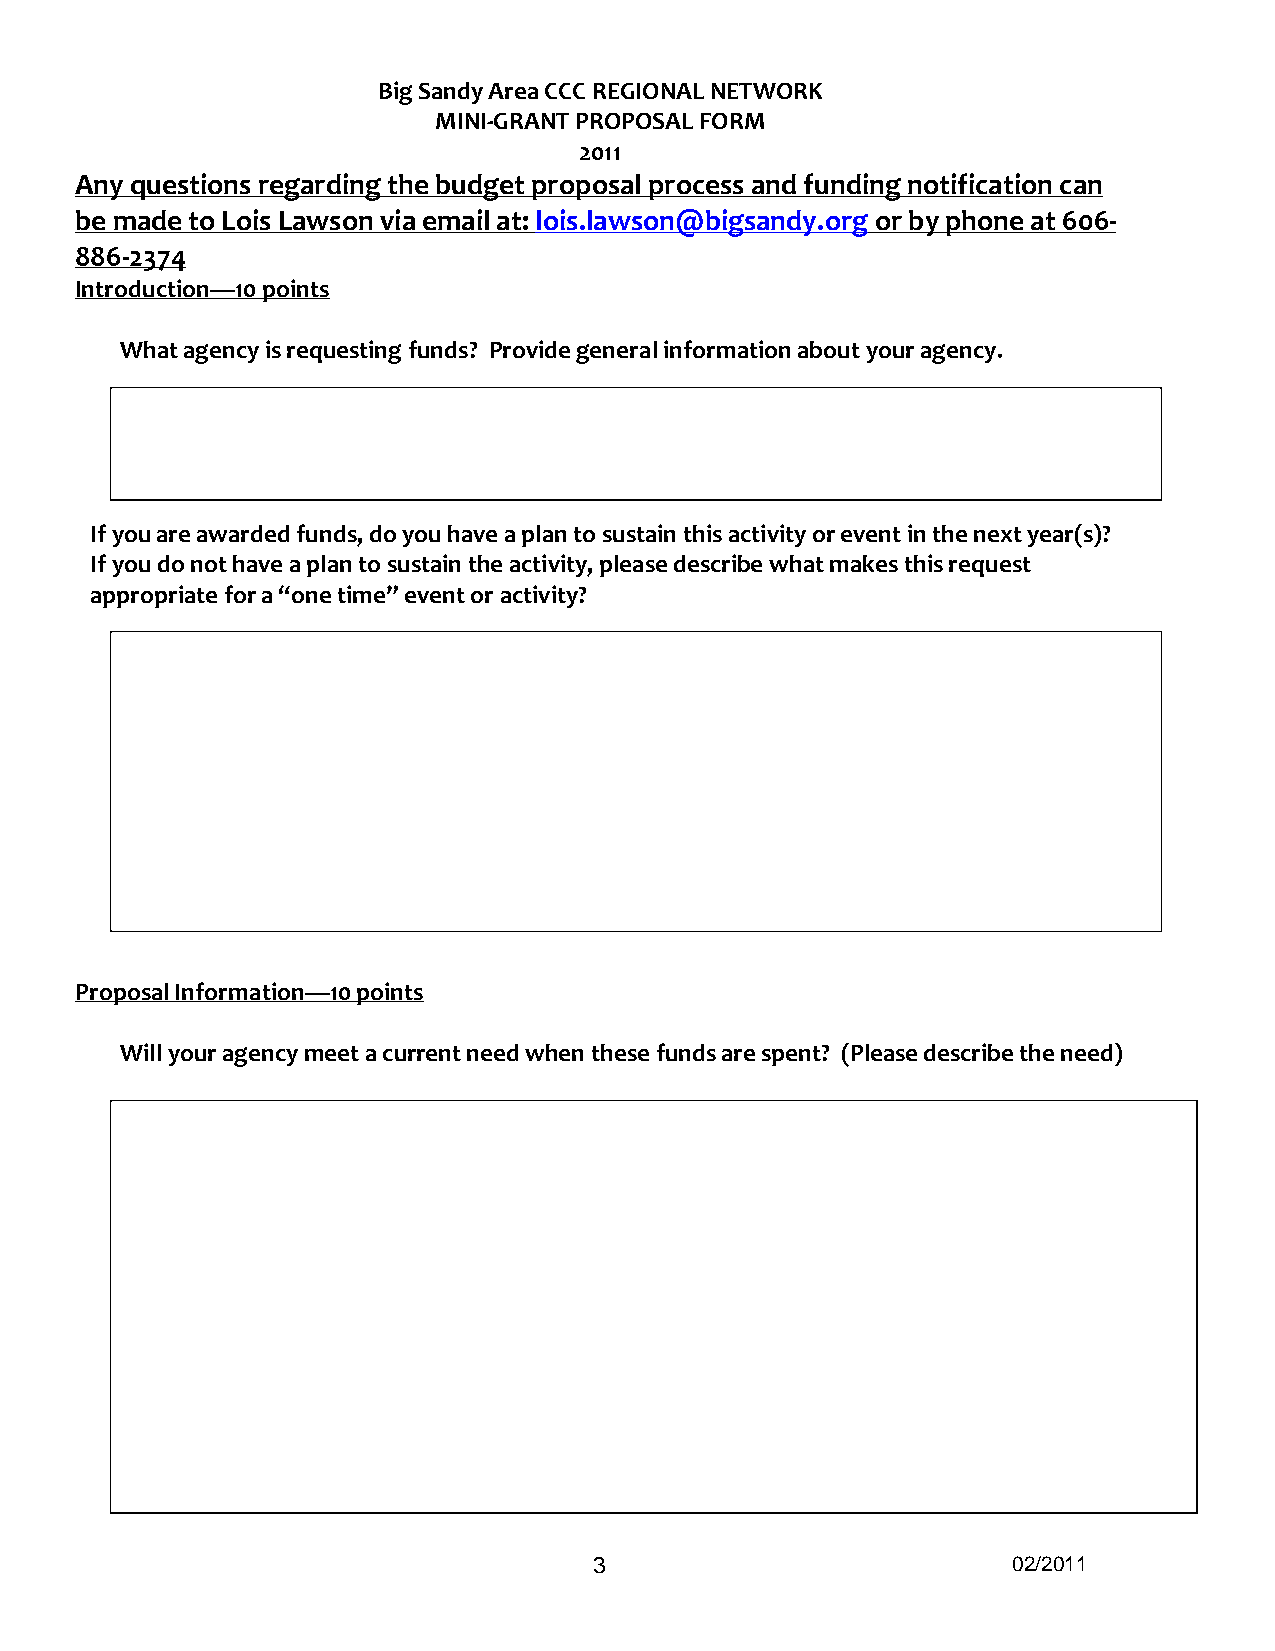
Big Sandy Area CCC REGIONAL NETWORK
 MINI-GRANT PROPOSAL FORM
 2011
 Any questions regarding the budget proposal process and funding notification can
 be made to Lois Lawson via email at: lois.lawson@bigsandy.org or by phone at 606-
 886-2374
 Introduction—10 points
 What agency is requesting funds? Provide general information about your agency.
 If you are awarded funds, do you have a plan to sustain this activity or event in the next year(s)?
 If you do not have a plan to sustain the activity, please describe what makes this request
 appropriate for a “one time” event or activity?
 Proposal Information—10 points
 Will your agency meet a current need when these funds are spent? (Please describe the need)
 3                           02/2011